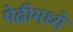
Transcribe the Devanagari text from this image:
पेढीमध्ये